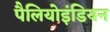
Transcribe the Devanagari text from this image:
पैलियोइंडियन